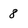
Character: 8